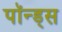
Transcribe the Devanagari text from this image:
पॉन्ड्स